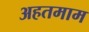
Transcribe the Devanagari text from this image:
अहतमाम